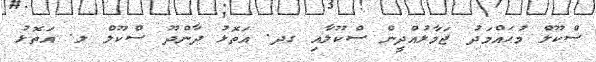
ސްކޫލް މުޙައްމަދު ޖަމާލުއްދީން ސްކޫލާއި ގދ. އަތޮޅު ދާންދޫ ސްކޫލް ލ. އަތޮޅު